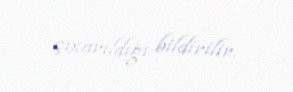
çıxarıldığı bildirilir.